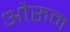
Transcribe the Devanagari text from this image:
औरुम